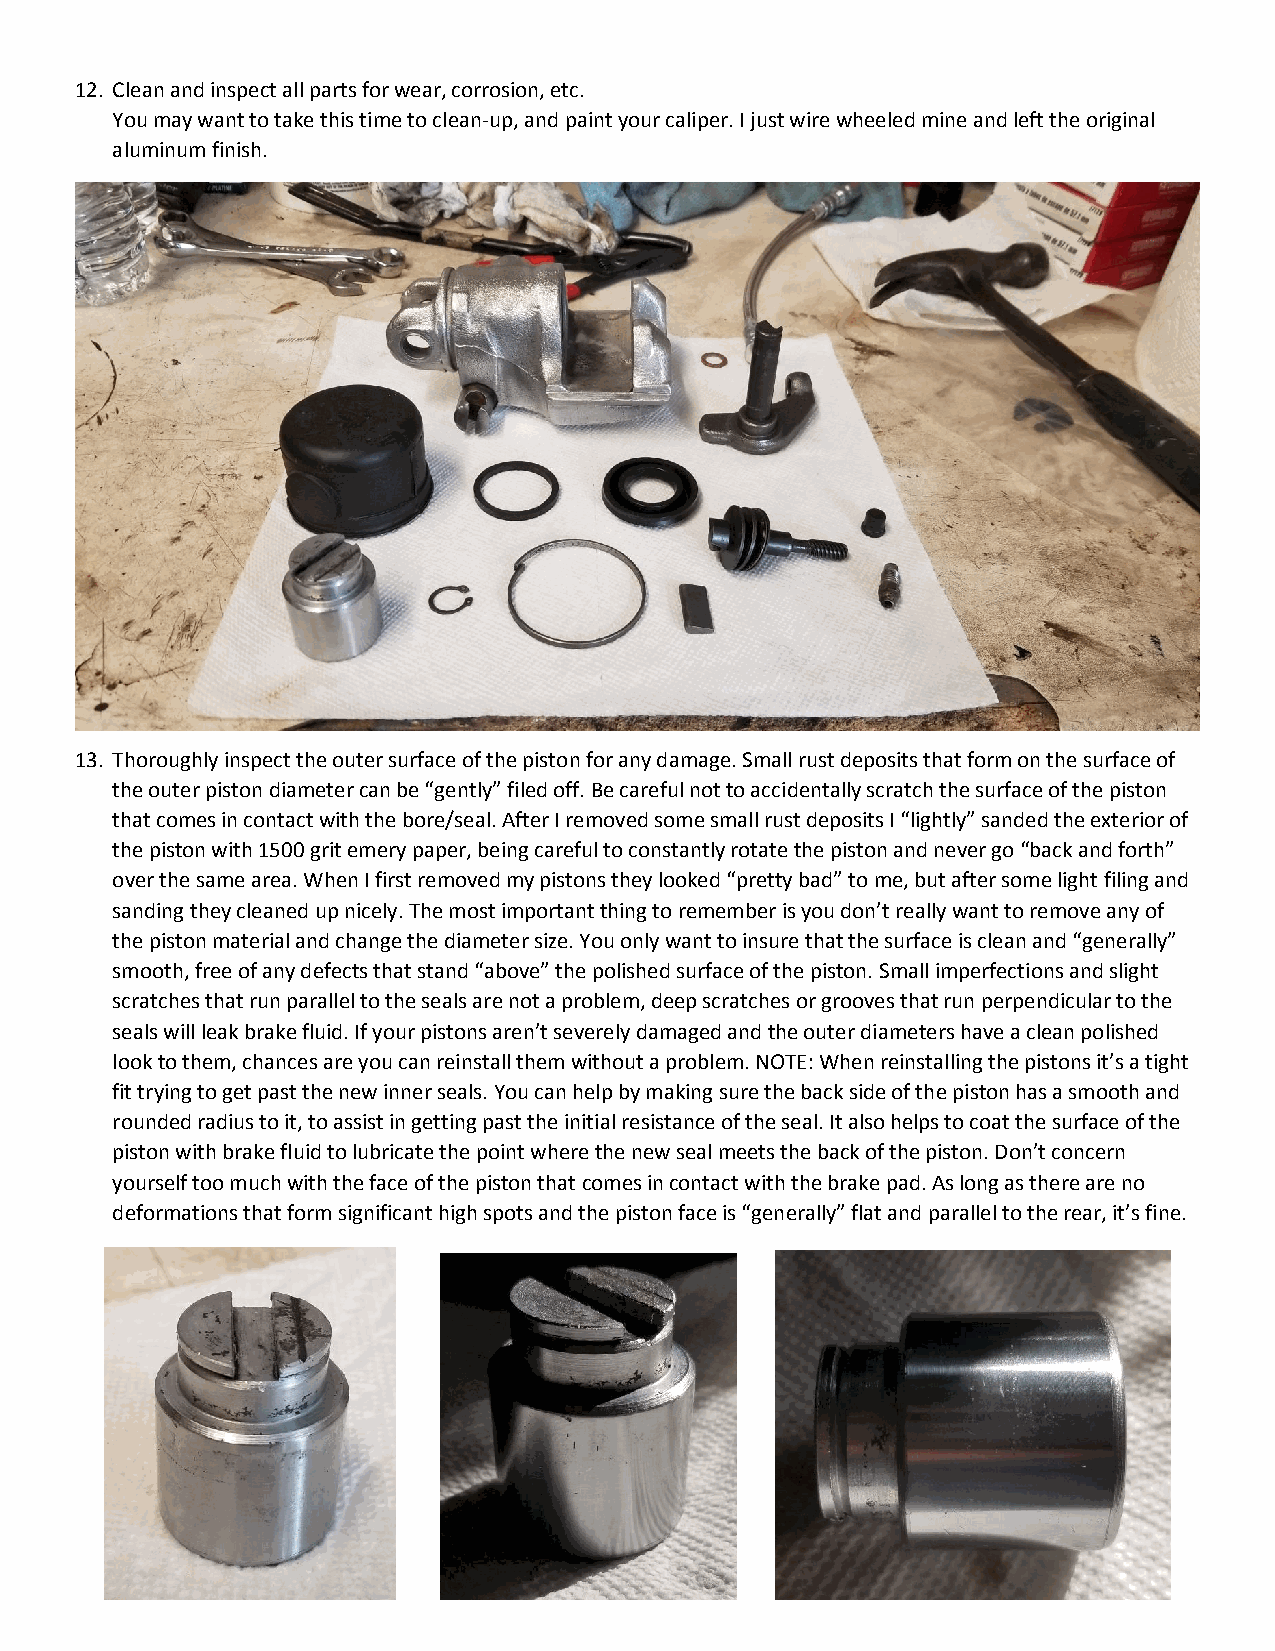
12. Clean and inspect all parts for wear, corrosion, etc.
 You may want to take this time to clean-up, and paint your caliper. I just wire wheeled mine and left the original
 aluminum finish.
 13. Thoroughly inspect the outer surface of the piston for any damage. Small rust deposits that form on the surface of
 the outer piston diameter can be “gently” filed off. Be careful not to accidentally scratch the surface of the piston
 that comes in contact with the bore/seal. After I removed some small rust deposits I “lightly” sanded the exterior of
 the piston with 1500 grit emery paper, being careful to constantly rotate the piston and never go “back and forth”
 over the same area. When I first removed my pistons they looked “pretty bad” to me, but after some light filing and
 sanding they cleaned up nicely. The most important thing to remember is you don’t really want to remove any of
 the piston material and change the diameter size. You only want to insure that the surface is clean and “generally”
 smooth, free of any defects that stand “above” the polished surface of the piston. Small imperfections and slight
 scratches that run parallel to the seals are not a problem, deep scratches or grooves that run perpendicular to the
 seals will leak brake fluid. If your pistons aren’t severely damaged and the outer diameters have a clean polished
 look to them, chances are you can reinstall them without a problem. NOTE: When reinstalling the pistons it’s a tight
 fit trying to get past the new inner seals. You can help by making sure the back side of the piston has a smooth and
 rounded radius to it, to assist in getting past the initial resistance of the seal. It also helps to coat the surface of the
 piston with brake fluid to lubricate the point where the new seal meets the back of the piston. Don’t concern
 yourself too much with the face of the piston that comes in contact with the brake pad. As long as there are no
 deformations that form significant high spots and the piston face is “generally” flat and parallel to the rear, it’s fine.